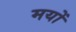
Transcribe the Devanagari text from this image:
मयों